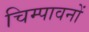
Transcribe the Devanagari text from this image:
चिम्पावनों